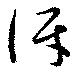
訝